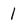
Character: 1